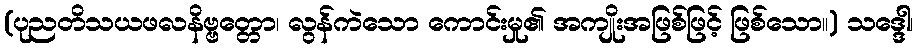
(ပုညတိသယဖလနိဗ္ဗတ္တော၊ လွန်ကဲသော ကောင်းမှု၏ အကျိုးအဖြစ်ဖြင့် ဖြစ်သော။) သဒ္ဒေါ၊